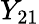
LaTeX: Y_{21}